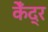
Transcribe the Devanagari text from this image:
केँद्र